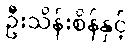
ဦးသိန်းစိန်နှင့်